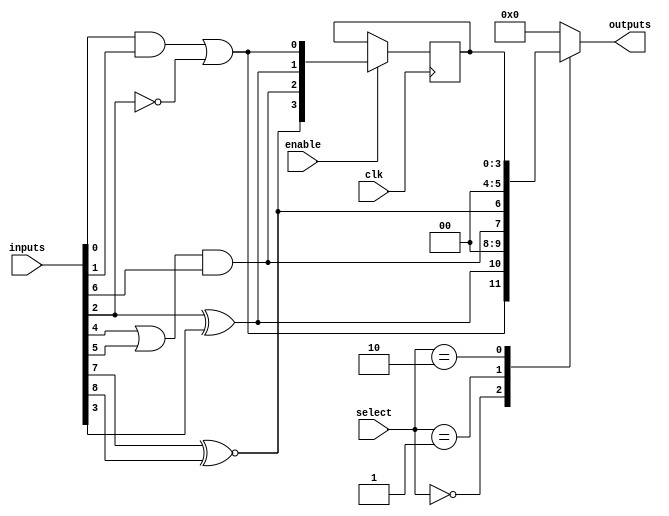
module CLB (
    input wire [15:0] inputs,      // Multi-bit input (up to 16 bits)
    input wire [1:0] select,        // Select lines for multiplexer
    input wire clk,                 // Clock signal for flip-flops
    input wire enable,              // Enable signal 
    output wire [3:0] outputs       // Multi-bit output (up to 4 bits)
);
    
    // Look-Up Tables (LUTs)
    wire lut1_out, lut2_out;        // Outputs of LUTs
    wire lut3_out, lut4_out;

    // Configuration of LUTs (example functions, can be replaced as needed)
    assign lut1_out = (inputs[0] & inputs[1]) | (~inputs[2]); // Example LUT Function 1
    assign lut2_out = (inputs[2] ^ inputs[3]);                 // Example LUT Function 2
    assign lut3_out = (inputs[4] | inputs[5]) & inputs[6];    // Example LUT Function 3
    assign lut4_out = (inputs[7] ~^ inputs[8]);                // Example LUT Function 4

    // Register to store output of LUTs using flip-flop
    reg [3:0] stored_outputs;
    
    always @(posedge clk) begin
        if (enable) begin
            stored_outputs <= {lut4_out, lut3_out, lut2_out, lut1_out}; // Store outputs from LUTs
        end
    end

    // Multiplexer to select output based on 'select' signal
    always @(*) begin
        case(select)
            2'b00: outputs = {lut1_out, lut2_out, 1'b0, 1'b0}; // Select outputs from LUT 1 and 2
            2'b01: outputs = {lut3_out, lut4_out, 1'b0, 1'b0}; // Select outputs from LUT 3 and 4
            2'b10: outputs = stored_outputs;                    // Select stored output
            default: outputs = 4'b0000;                         // Default to 0
        endcase
    end

endmodule